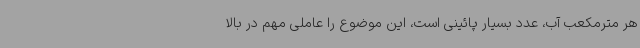
هر مترمکعب آب، عدد بسیار پائینی است، این موضوع را عاملی مهم در بالا